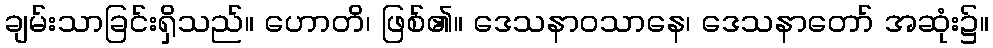
ချမ်းသာခြင်းရှိသည်။ ဟောတိ၊ ဖြစ်၏။ ဒေသနာဝသာနေ၊ ဒေသနာတော် အဆုံး၌။